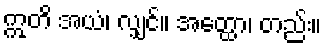
ဣတိ အယံ၊ လျှင်။ အတ္ထော၊ တည်း။